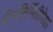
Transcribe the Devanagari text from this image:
वीजनिर्मितीपेक्षा